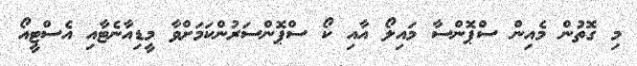
މި ގޮތުން މެއިން ސްޕޮންސާ މައިލޯ އާއި ކޯ ސްޕޮންސަރުންކަމަށްވާ މީޑިއާނެޓާއި އެސްޓީއޯ